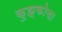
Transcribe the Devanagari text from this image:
कुझ्कोचा